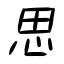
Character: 思